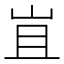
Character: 𭖍